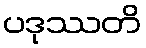
ပဒုဿတိ